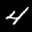
Label: 4